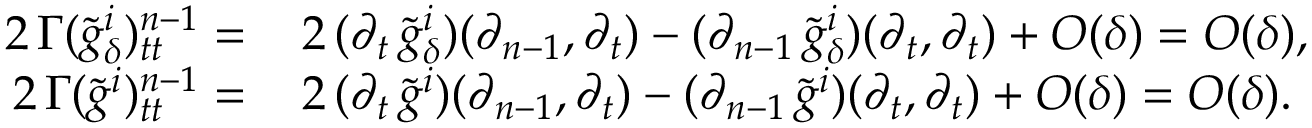
\begin{array} { r l } { 2 \, \Gamma ( \tilde { g } _ { \delta } ^ { i } ) _ { t t } ^ { n - 1 } = \, } & { 2 \, ( \partial _ { t } \, \tilde { g } _ { \delta } ^ { i } ) ( \partial _ { n - 1 } , \partial _ { t } ) - ( \partial _ { n - 1 } \, \tilde { g } _ { \delta } ^ { i } ) ( \partial _ { t } , \partial _ { t } ) + O ( \delta ) = O ( \delta ) , } \\ { 2 \, \Gamma ( \tilde { g } ^ { i } ) _ { t t } ^ { n - 1 } = \, } & { 2 \, ( \partial _ { t } \, \tilde { g } ^ { i } ) ( \partial _ { n - 1 } , \partial _ { t } ) - ( \partial _ { n - 1 } \, \tilde { g } ^ { i } ) ( \partial _ { t } , \partial _ { t } ) + O ( \delta ) = O ( \delta ) . } \end{array}